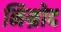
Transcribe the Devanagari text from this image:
निम्रोद